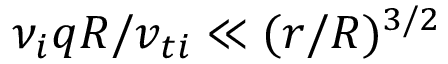
\nu _ { i } q R / v _ { t i } \ll ( r / R ) ^ { 3 / 2 }